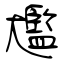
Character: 尷